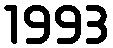
1993